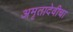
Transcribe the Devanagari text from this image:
अमृतादेवीचा